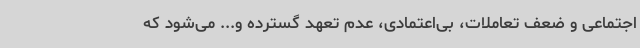
اجتماعی و ضعف تعاملات، بی‌اعتمادی، عدم تعهد گسترده و... می‌شود که